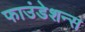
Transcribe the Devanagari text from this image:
फाउंडेशन्स